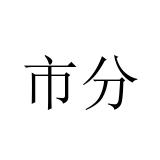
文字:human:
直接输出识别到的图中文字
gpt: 市分